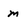
Character: m